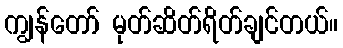
ကျွန်တော် မုတ်ဆိတ်ရိတ်ချင်တယ်။